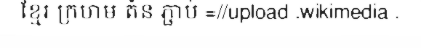
ខ្មែរ ក្រហម តំន ភ្ជាប់ =//upload .wikimedia .